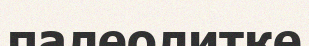
палеолитке